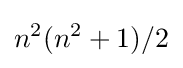
n^{2}(n^{2}+1)/2